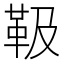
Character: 靸